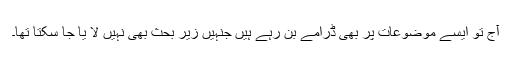
آج تو ایسے موضوعات پر بھی ڈرامے بن رہے ہیں جنہیں زیر بحث بھی نہیں لا یا جا سکتا تھا۔